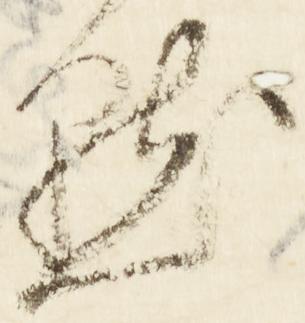
点